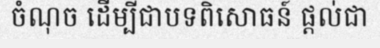
ចំណុច ដើម្បីជាបទពិសោធន៍ ផ្តល់ជា